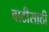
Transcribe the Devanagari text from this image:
बाटीसाठी